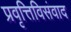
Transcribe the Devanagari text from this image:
प्रवृत्तिविसंवाद